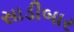
સાડીબાર